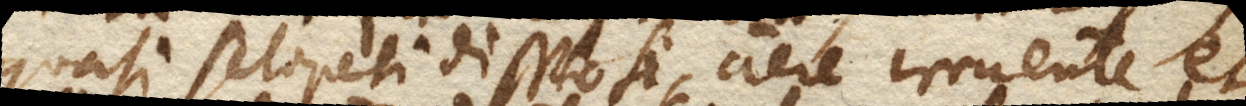
quasi sclopeti displosi, aere irruente et